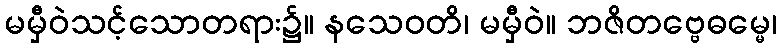
မမှီဝဲသင့်သောတရား၌။ နသေဝတိ၊ မမှီဝဲ။ ဘဇိတဗ္ဗေဓမ္မေ၊